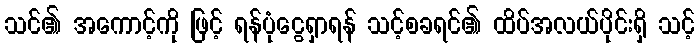
သင်၏ အကောင့်ကို ဖြင့် ရန်ပုံငွေရှာရန် သင့်စခရင်၏ ထိပ်အလယ်ပိုင်းရှိ သင့်